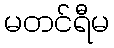
မတင်ရီမ